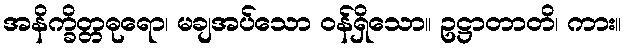
အနိက္ခိတ္တဓုရော၊ မချအပ်သော ဝန်ရှိသော။ ဥဋ္ဌာတာတိ၊ ကား။